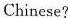
Chinese?